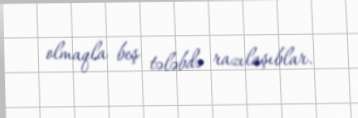
olmaqla beş tələbdə razılaşıblar.